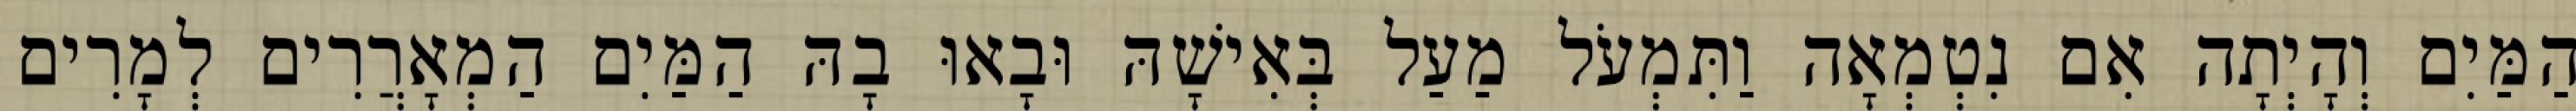
הַמַּיִם וְהָיְתָה אִם נִטְמְאָה וַתִּמְעֹל מַעַל בְּאִישָׁהּ וּבָאוּ בָהּ הַמַּיִם הַמְאָרֲרִים לְמָרִים